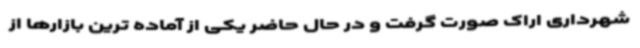
شهرداری اراک صورت گرفت و در حال حاضر یکی از آماده ترین بازارها از